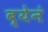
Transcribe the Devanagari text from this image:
ब्येनं